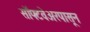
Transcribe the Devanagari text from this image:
सॉफ्टवेअरपासून